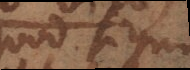
quod simul